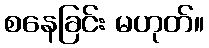
စနေခြင်း မဟုတ်။